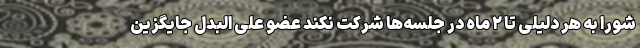
شورا به هر دلیلی تا ۲ ماه در جلسه‌ها شرکت نکند عضو علی البدل جایگزین